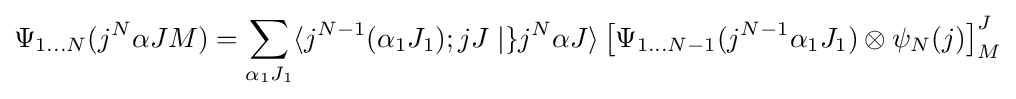
\Psi _{1\ldots N}(j^{N}\alpha JM)=\sum _{\alpha _{1}J_{1}}\langle j^{N-1}(\alpha _{1}J_{1});jJ\mid \}j^{N}\alpha J\rangle \left[\Psi _{1\ldots N-1}(j^{N-1}\alpha _{1}J_{1})\otimes \psi _{N}(j)\right]_{M}^{J}